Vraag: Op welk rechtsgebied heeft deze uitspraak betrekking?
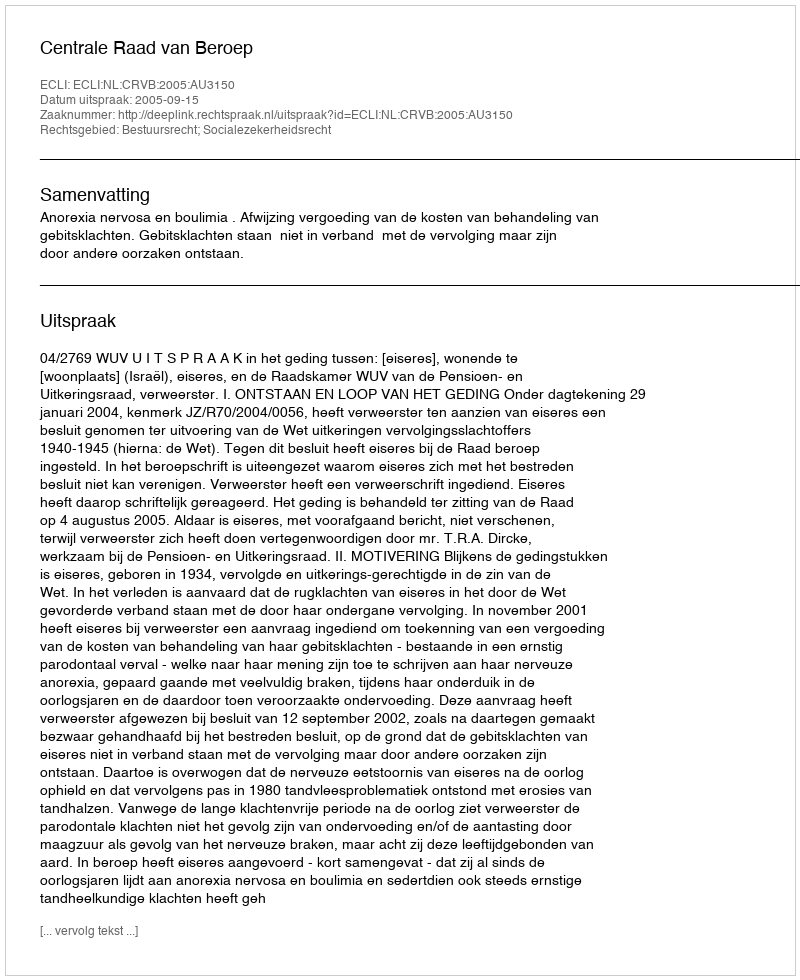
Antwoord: Bestuursrecht; Socialezekerheidsrecht